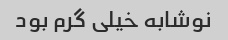
نوشابه خیلی گرم بود